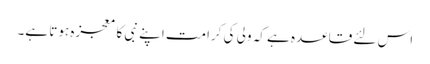
اس لئے قاعدہ ہے کہ ولی کی کرامت اپنے نبی کا معجزہ ہوتا ہے۔